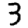
Digit: 3